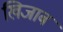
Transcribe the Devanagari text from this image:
खिजाब